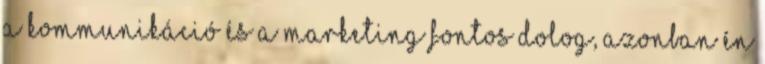
a kommunikáció és a marketing fontos dolog, azonban én